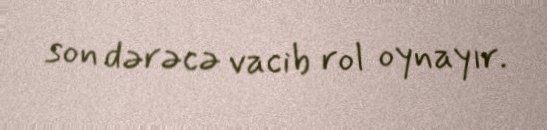
son dərəcə vacib rol oynayır.